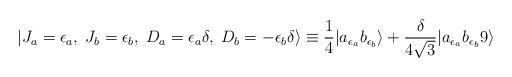
LaTeX: \begin{align*}|J_a = {\epsilon_a}, \; J_b = {\epsilon_b}, \; D_a = \epsilon_a \delta, \; D_b = -\epsilon_b \delta \rangle \equiv {1 \over 4} |a_{\epsilon_a} b_{\epsilon_b}\rangle + {\delta \over 4 \sqrt{3}} |a_{\epsilon_a} b_{\epsilon_b} 9 \rangle\end{align*}